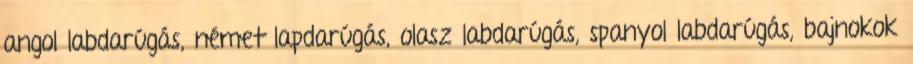
angol labdarúgás, német lapdarúgás, olasz labdarúgás, spanyol labdarúgás, bajnokok